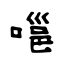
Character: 嗈